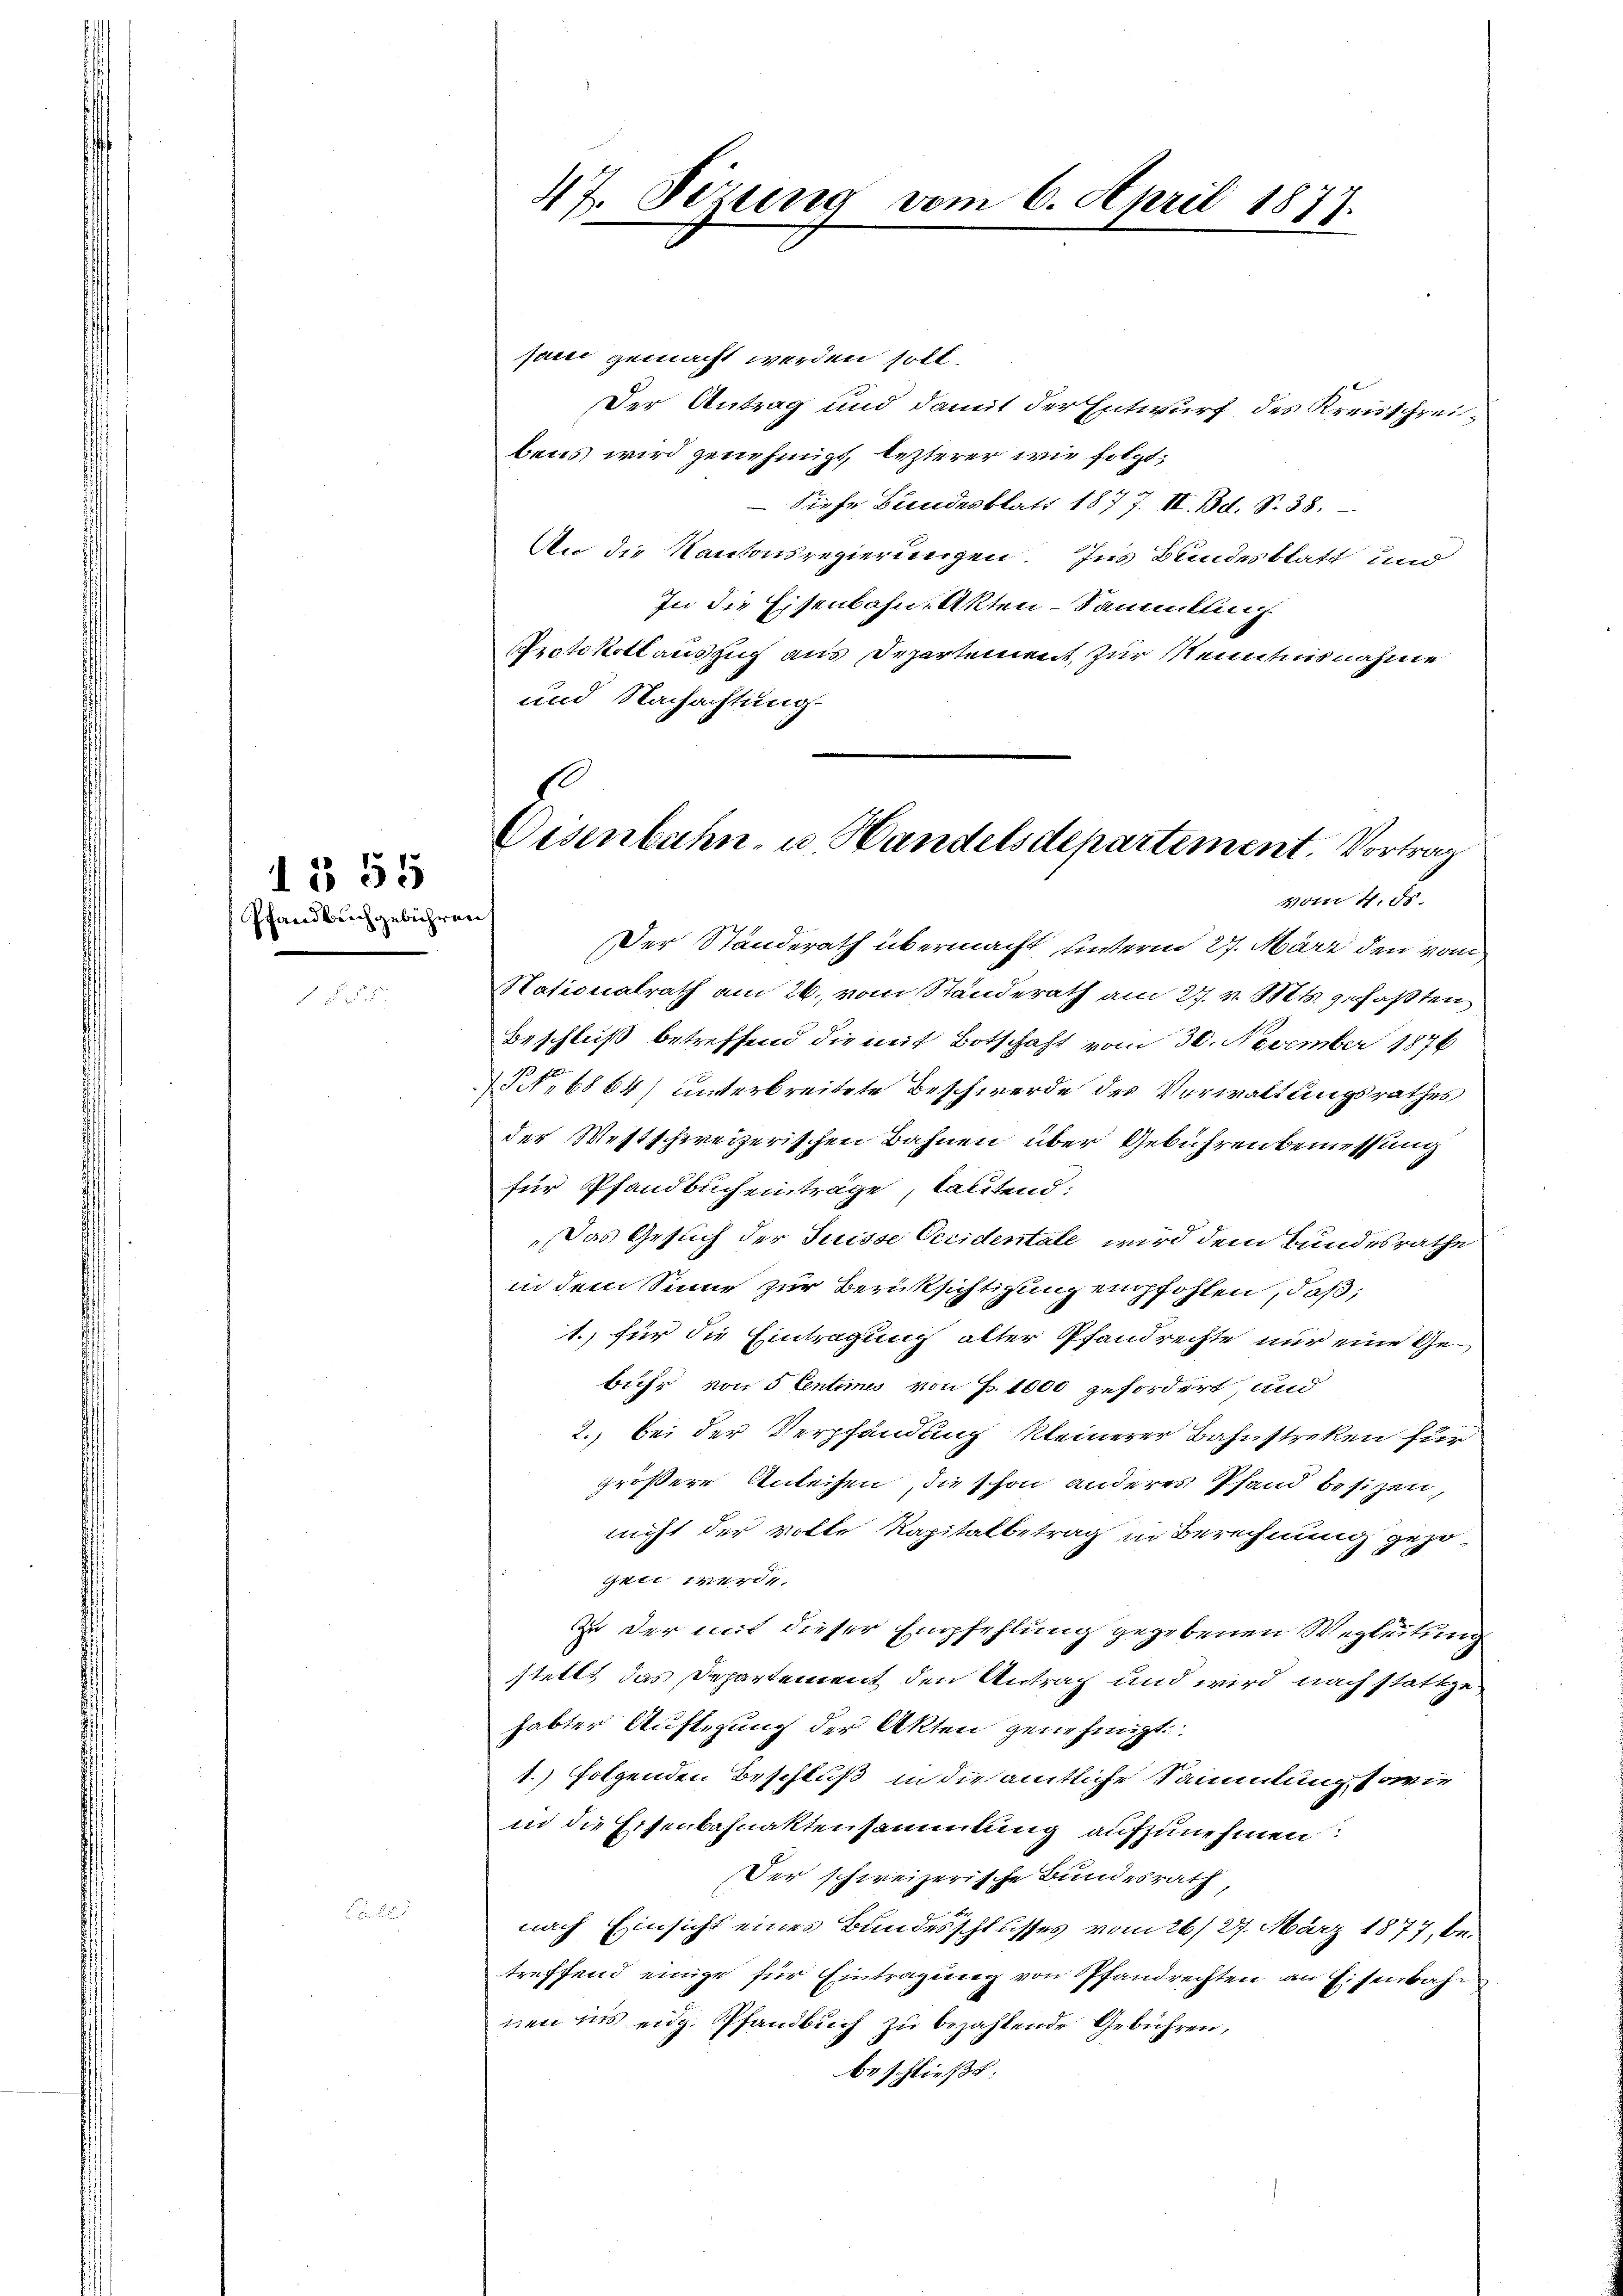
Pfandbuchgebühren

d § 55

47. Sizung vom 6. April 1877.

1
Eisenbahn- u. Handelsdepartement. Vortrag
vom 4. Fr.

jani gemacht werden soll.
Der Antrag und damit der Entwurf des Kreisschreibens wird genehmigt, lezterer wie folgt;
Siehe Bundesblatt 1877. II. Bd. S. 38.
An die Kantonsregierungen. Ins Bundesblatt und
In die Eisenbahn, Akten-Sammlung
Protokollauszug aus Departement, zur Kenntnisnahme
und Nachachtung

Der Ständerath übermacht unterm 27. März den vom
Nationalrath am 26. vom Standerath am 27. v. Mts. gefaßten
Beschluß betreffend die mit Botschaft vom 30. November 1876
NNo. 6864) unterbreitete Beschwerde des Verwaltungsrathes
der Westschweizerischen Bahnen über Gebühren bemessung
für Pfandbucheinträge, lautend:
Das Gesuch der Suisse Veridentale wird dem Bundesrathe
in dem Sinne zur Berücksichtigung empfohlen, daß,
1.) für die Eintragung alter Pfandrechte nur eine Gebühr von 5 Centimes von J. 1000 gefordert und
2.) bei der Verpfändung kleinerer Bahnstreken für
größere Anleihen, die schon anderes Pfand besizen,
nicht der volle Kapitalbetrag in Berechnung gezo
gen werde.
Zu der mit dieser Empfehlung gegebenen Wegleitung
stellt das Departement den Antrag und wird nach stattgehabter Auftigung der Akten genehmigt.
1.) folgenden Beschluß in die amtliche Sammlung sowie
in die Eisenbahnaktensammlung aufzunehmen:
Der schweizerische Bundesrath
nach Einsicht eines Bundesschlusses vom 26/27. März 1877, betreffend einige für Eintragung von Pfandrechten an Eisenbahr
nen ins eidg. Pfandbuch zu bezahlende Gebühren,
beschließt: